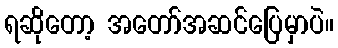
ရဆိုတော့ အတော်အဆင်ပြေမှာပဲ။